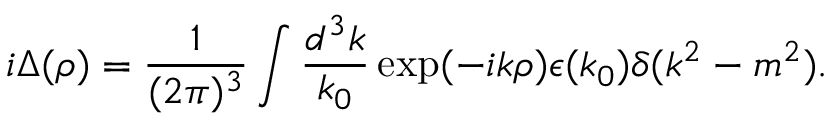
i \Delta ( \rho ) = \frac { 1 } { ( 2 \pi ) ^ { 3 } } \int \frac { d ^ { 3 } k } { k _ { 0 } } \exp ( - i k \rho ) \epsilon ( k _ { 0 } ) \delta ( k ^ { 2 } - m ^ { 2 } ) .